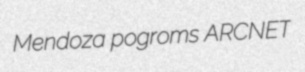
Mendoza pogroms ARCNET